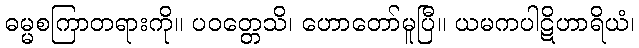
ဓမ္မစကြာတရားကို။ ပဝတ္တေသိ၊ ဟောတော်မူပြီ။ ယမကပါဋိဟာရိယံ၊